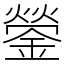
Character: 鎣